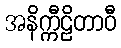
အနိက္ကီဠိတာဝီ